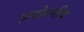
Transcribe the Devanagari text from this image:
प्रयोहनीय